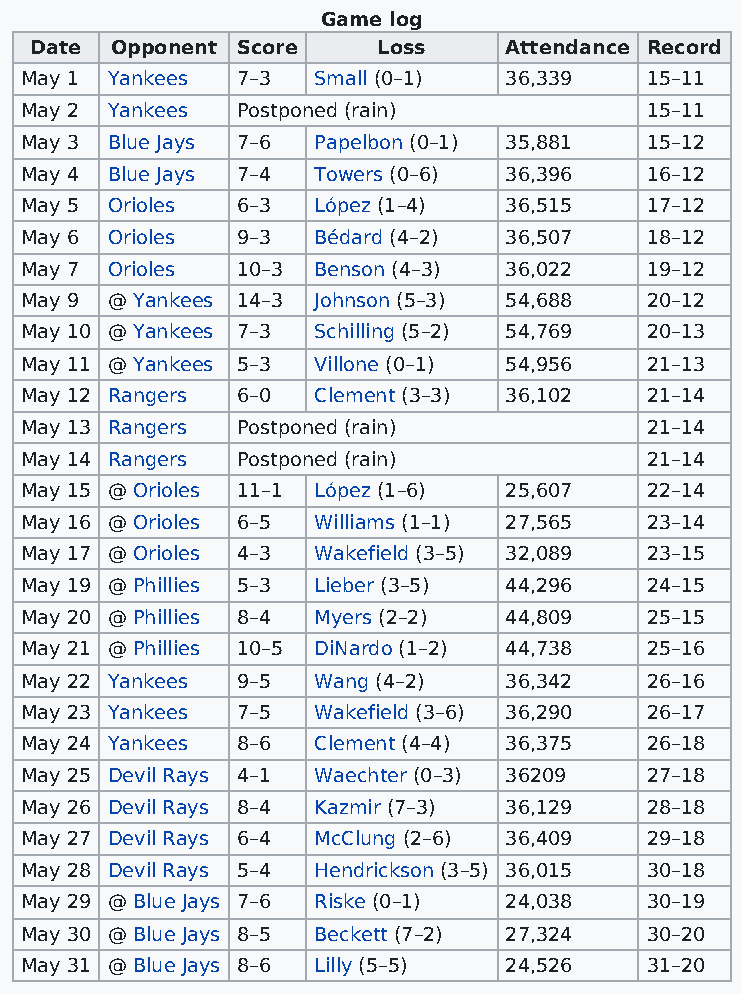
Game log
 Date Opponent Score    Loss    Attendance Record
 May 1 Yankees  7–3  Small (0–1) 36,339    15–11
 May 2 Yankees  Postponed (rain)           15–11
 May 3 Blue Jays 7–6 Papelbon (0–1) 35,881 15–12
 May 4 Blue Jays 7–4 Towers (0–6) 36,396   16–12
 May 5 Orioles  6–3  López (1–4) 36,515    17–12
 May 6 Orioles  9–3  Bédard (4–2) 36,507   18–12
 May 7 Orioles  10–3 Benson (4–3) 36,022   19–12
 May 9 @ Yankees 14–3 Johnson (5–3) 54,688 20–12
 May 10 @ Yankees 7–3 Schilling (5–2) 54,769 20–13
 May 11 @ Yankees 5–3 Villone (0–1) 54,956 21–13
 May 12 Rangers 6–0  Clement (3–3) 36,102  21–14
 May 13 Rangers Postponed (rain)           21–14
 May 14 Rangers Postponed (rain)           21–14
 May 15 @ Orioles 11–1 López (1–6) 25,607  22–14
 May 16 @ Orioles 6–5 Williams (1–1) 27,565 23–14
 May 17 @ Orioles 4–3 Wakefield (3–5) 32,089 23–15
 May 19 @ Phillies 5–3 Lieber (3–5) 44,296 24–15
 May 20 @ Phillies 8–4 Myers (2–2) 44,809  25–15
 May 21 @ Phillies 10–5 DiNardo (1–2) 44,738 25–16
 May 22 Yankees 9–5  Wang (4–2)  36,342    26–16
 May 23 Yankees 7–5  Wakefield (3–6) 36,290 26–17
 May 24 Yankees 8–6  Clement (4–4) 36,375  26–18
 May 25 Devil Rays 4–1 Waechter (0–3) 36209 27–18
 May 26 Devil Rays 8–4 Kazmir (7–3) 36,129 28–18
 May 27 Devil Rays 6–4 McClung (2–6) 36,409 29–18
 May 28 Devil Rays 5–4 Hendrickson (3–5) 36,015 30–18
 May 29 @ Blue Jays 7–6 Riske (0–1) 24,038 30–19
 May 30 @ Blue Jays 8–5 Beckett (7–2) 27,324 30–20
 May 31 @ Blue Jays 8–6 Lilly (5–5) 24,526 31–20